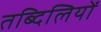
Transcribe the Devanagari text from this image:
तब्दिलियों